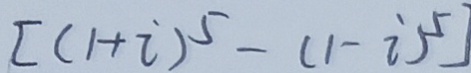
[ ( 1 + i ) ^ { 5 } - ( 1 - i ) ^ { 5 } ]